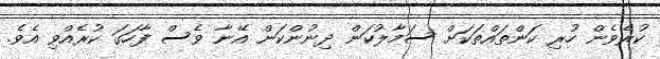
ކުރެވެން ހުރި ކަންތައްތަކަށް ސަމާލުކަން ދިނުންކަން އޭނާ ވެސް ފާހަގަ ކުރެއްވި އެވެ.